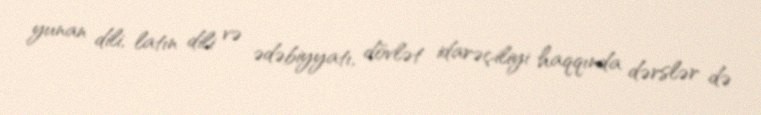
yunan dili, latın dili və ədəbiyyatı, dövlət idarəçiliyi haqqında dərslər də